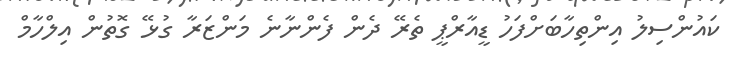
ކައުންސިލު އިންތިހާބަށްފަހު ޑީއާރްޕީ ތެރޭ ދެން ފެންނާނެ މަންޒަރާ ގުޅޭ ގޮތުން އިލްހާމް